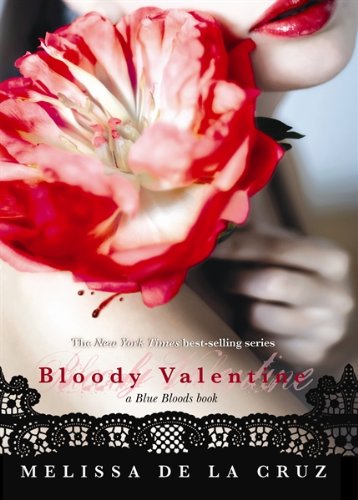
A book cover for Bloody Valentine (A Blue Bloods Book) (Blue Bloods Novel); Melissa de la Cruz; Children's Books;